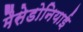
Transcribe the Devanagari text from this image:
मैसेडोनियाई